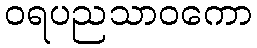
ဝရပညသာဝကော